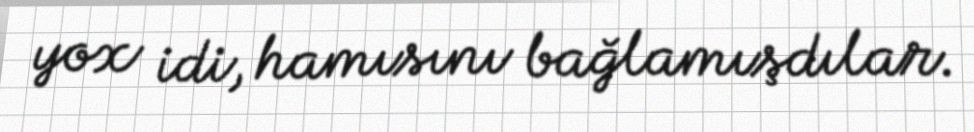
yox idi, hamısını bağlamışdılar.